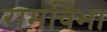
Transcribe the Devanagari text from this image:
रामविभा